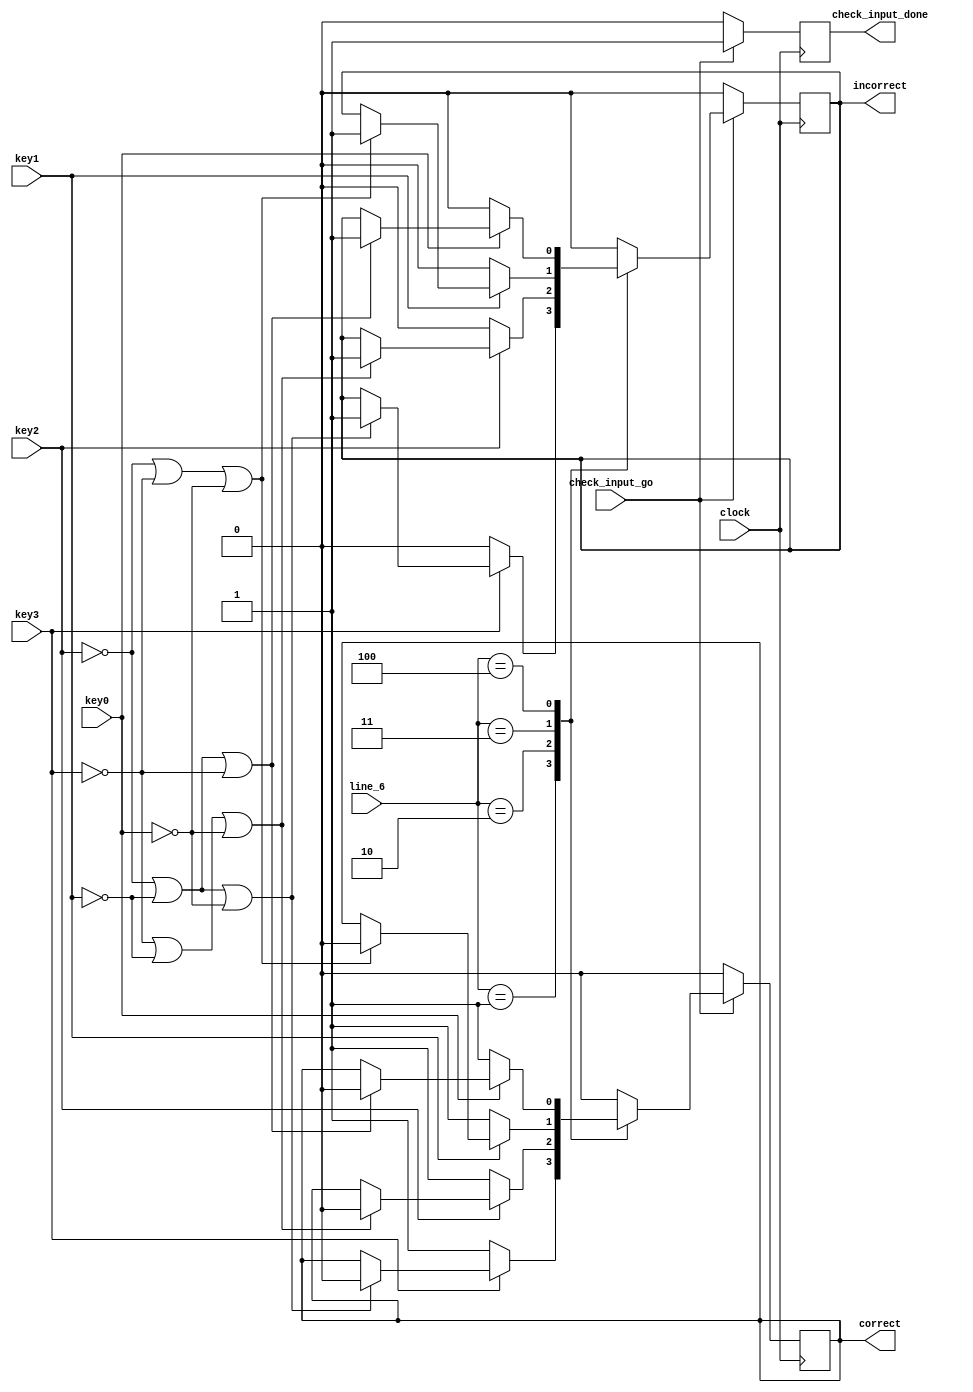
module checkInput(
	input check_input_go,
		clock,
		key3, key2, key1, key0,
	input [2:0] line_6,
	output reg check_input_done,
		correct,
		incorrect
	);
	
	always @(posedge clock) 
	begin		
		if (!check_input_go) begin
			correct <= 1'b0;
			incorrect <= 1'b0;
			check_input_done <= 1'b0;
		end
		else begin
			case (line_6)
				3'b000: begin
					correct <= 1'b0;
					incorrect <= 1'b0;
					check_input_done <= 1'b1;
				end
				3'b001: begin
					if (key3 == 1'b0) begin
						correct <= 1'b1;
						incorrect <= 1'b0;
						check_input_done <= 1'b1;
						end
					else if (key2 == 1'b0 | key1 == 1'b0 | key0 == 1'b0) begin
						correct <= 1'b0;
						incorrect <= 1'b1;
						check_input_done <= 1'b1;
					end
					else
						check_input_done <= 1'b1;
				end
				3'b010: begin
					if (key2 == 1'b0) begin
						correct <= 1'b1;
						incorrect <= 1'b0;
						check_input_done <= 1'b1;
						end
					else if (key3 == 1'b0 | key1 == 1'b0 | key0 == 1'b0) begin
						correct <= 1'b0;
						incorrect <= 1'b1;
						check_input_done <= 1'b1;
					end
					else
						check_input_done <= 1'b1;
				end
				3'b011: begin
					if (key1 == 1'b0) begin
						correct <= 1'b1;
						incorrect <= 1'b0;
						check_input_done <= 1'b1;
						end
					else if (key2 == 1'b0 | key3 == 1'b0 | key0 == 1'b0) begin
						correct <= 1'b0;
						incorrect <= 1'b1;
						check_input_done <= 1'b1;
					end
					else
						check_input_done <= 1'b1;
				end
				3'b100: begin
					if (key0 == 1'b0) begin
						correct <= 1'b1;
						incorrect <= 1'b0;
						check_input_done <= 1'b1;
						end
					else if (key2 == 1'b0 | key1 == 1'b0 | key3 == 1'b0) begin
						correct <= 1'b0;
						incorrect <= 1'b1;
						check_input_done <= 1'b1;
					end
					else
						check_input_done <= 1'b1;
				end
				default: begin
					check_input_done <= 1'b1;
					correct <= 1'b0;
					incorrect <= 1'b0;
				end
			endcase
		end
	end
	
endmodule